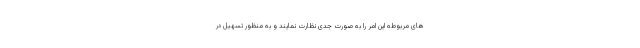
های مربوطه این امر را به صورت جدی نظارت نمایند و به منظور تسهیل در